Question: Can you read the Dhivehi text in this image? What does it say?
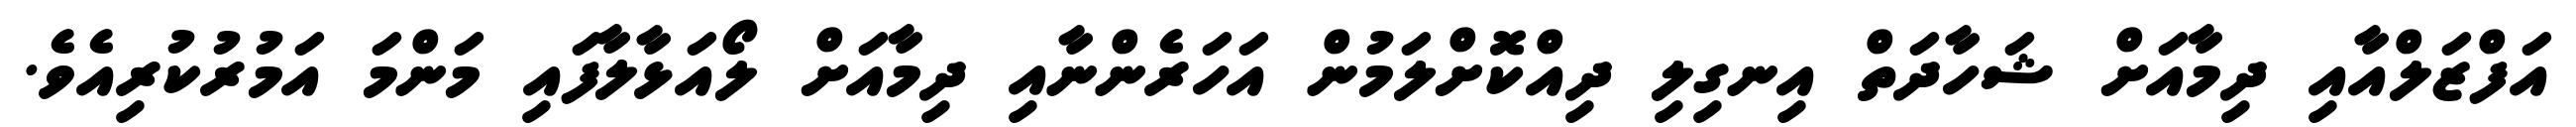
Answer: އަފްޒަލްއާއި ދިމާއަށް ޝަހާދަތް އިނގިލި ދިއްކޮށްލަމުން އަހަރެންނާއި ދިމާއަށް ލޯއަޅާލާފައި މަންމަ އަމުރުކުރިއެވެ.